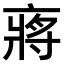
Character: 𠅵